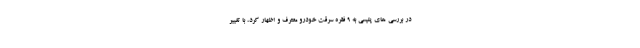
در بررسی های پلیسی به ۹ فقره سرقت خودرو معترف و اظهار کرد، با تغییر